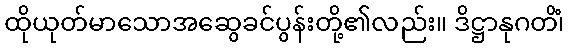
ထိုယုတ်မာသောအဆွေခင်ပွန်းတို့၏လည်း။ ဒိဋ္ဌာနုဂတိံ၊